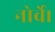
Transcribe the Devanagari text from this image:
नोर्वे।